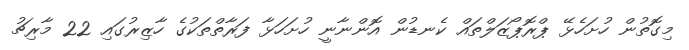
މިގޮތުން ހުށަހެޅޭ ޕްރޮޕޯޒަލްތައް ކެނޑުން އޮންނާނީ ހުށަހަޅާ ފަރާތްތަކުގެ ހާޒިރުގައި 22 މާރިޗު